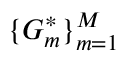
\{ G _ { m } ^ { * } \} _ { m = 1 } ^ { M }